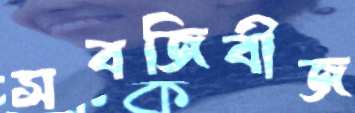
সবজিবীজ